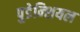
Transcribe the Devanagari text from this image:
पुडेन्शियल